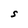
Character: S